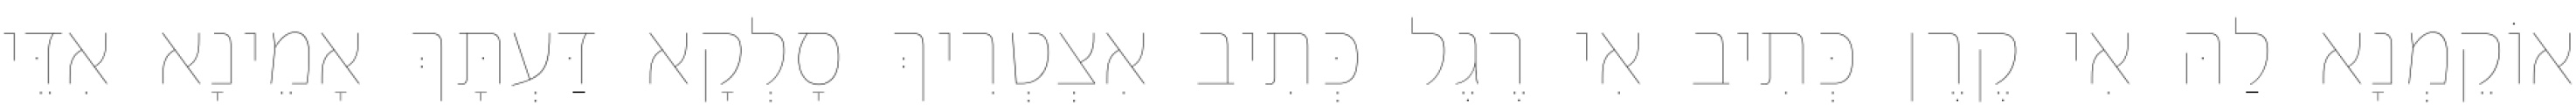
אוֹקֵמְנָא לַהּ אִי קֶרֶן כְּתִיב אִי רֶגֶל כְּתִיב אִצְטְרִיךְ סָלְקָא דַּעְתָּךְ אָמֵינָא אִדֵּי